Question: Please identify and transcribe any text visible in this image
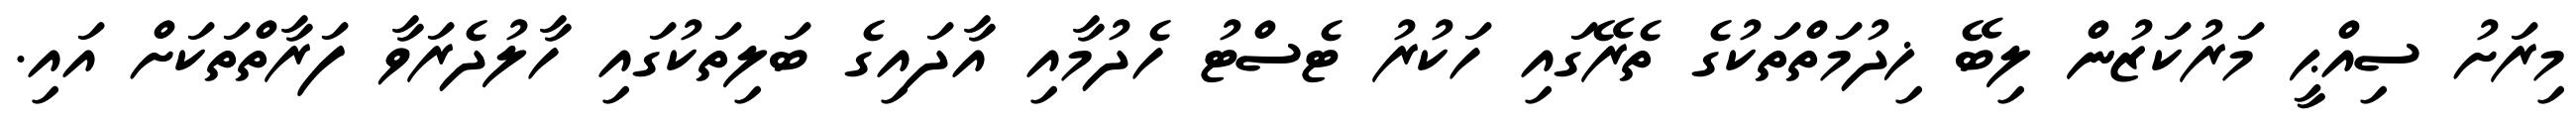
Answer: މިރަށު ސިއްޙީ މަރުކަޒުން ލިބޭ ޚިދުމަތްތަކުގެ ތެރޭގައި ހަކުރު ޓެސްޓު ހެދުމާއި އާދައިގެ ބަލިތަކުގައި ހާލުދެރަވާ ފަރާތްތަކަށް އައި.